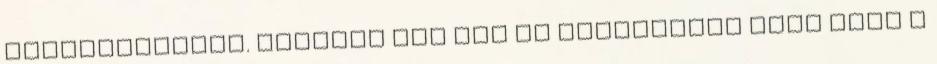
beleszámítani. kritika még így is kevesebbet mond mint a